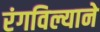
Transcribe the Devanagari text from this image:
रंगविल्याने